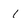
Character: 1